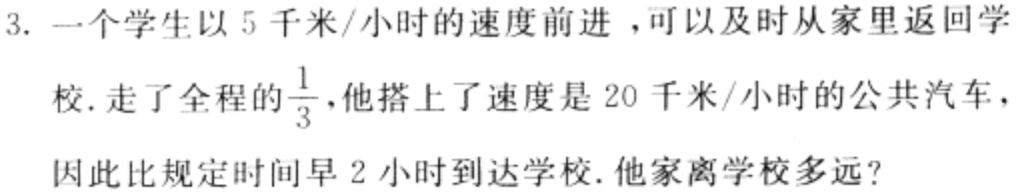
3. 一个学生以 5 千米/小时的速度前进，可以及时从家里返回学校. 走了全程的$\frac{1}{3}$，他搭上了速度是 20 千米/小时的公共汽车，因此比规定时间早 2 小时到达学校. 他家离学校多远?